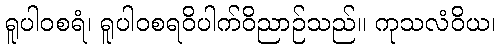
ရူပါဝစရံ၊ ရူပါဝစရဝိပါက်ဝိညာဉ်သည်။ ကုသလံဝိယ၊